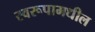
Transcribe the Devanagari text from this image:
स्वरूपामधील